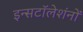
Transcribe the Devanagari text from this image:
इन्सटॉलेशंनों